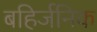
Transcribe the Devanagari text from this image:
बहिर्जनिक